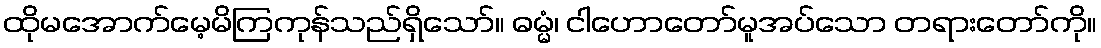
ထိုမအောက်မေ့မိကြကုန်သည်ရှိသော်။ ဓမ္မံ၊ ငါဟောတော်မူအပ်သော တရားတော်ကို။